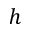
h